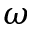
\omega